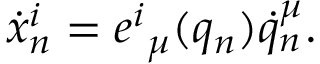
\dot { x } _ { n } ^ { i } = e ^ { i } { } _ { \mu } ( q _ { n } ) \dot { q } _ { n } ^ { \mu } .